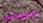
الأقوياء